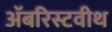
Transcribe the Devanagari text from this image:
अॅबरिस्टवीथ